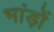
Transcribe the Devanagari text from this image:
भांड़ों